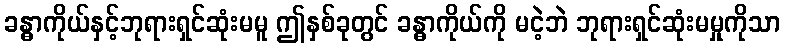
ခန္ဓာကိုယ်နှင့်ဘုရားရှင်ဆုံးမမူ ဤနှစ်ခုတွင် ခန္ဓာကိုယ်ကို မငဲ့ဘဲ ဘုရားရှင်ဆုံးမမှုကိုသာ